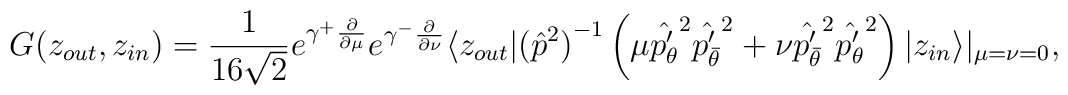
G(z_{out},z_{in})=\frac 1{16 \sqrt 2} e^{\gamma^+ \frac \partial{\partial\mu}} e^{\gamma^-\frac \partial{\partial\nu}} \langle z_{out}|{({\hat p}^2)}^{-1} \left(\mu {\hat{p'_{\theta}}}^2 {\hat{p'_{\bar\theta}}}^2+      \nu {\hat{p'_{\bar\theta}}}^2 {\hat{p'_{\theta}}}^2 \right) |z_{in}\rangle |_{\mu=\nu=0},